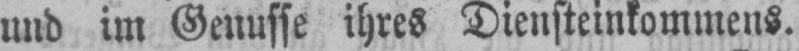
und im Genusse ihres Diensteinkommens.